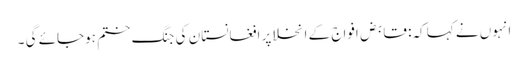
انہوں نے کہا کہ: قابض افواج کے انخلا پر افغانستان کی جنگ ختم ہوجائے گی ۔